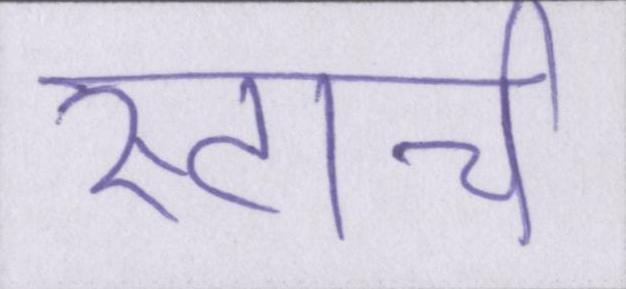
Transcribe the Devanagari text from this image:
स्टार्च